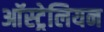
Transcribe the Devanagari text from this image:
आॅस्ट्रेलियन